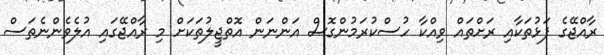
ރާއްޖޭގެ ފަޅުތަކާއި ރަށްތައް ވިއްކާ ހުސްކުރަމުންގޮސް އަންނަން އޮތްޖީލުތަކަށް މި ރާއްޖޭގައި އުލެވެންނެތަސް